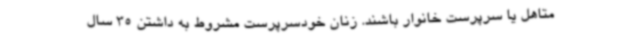
متاهل یا سرپرست خانوار باشند. زنان خودسرپرست مشروط به داشتن 35 سال